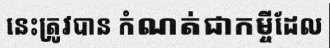
នេះត្រូវបាន កំណត់ជាកម្ចីដែល